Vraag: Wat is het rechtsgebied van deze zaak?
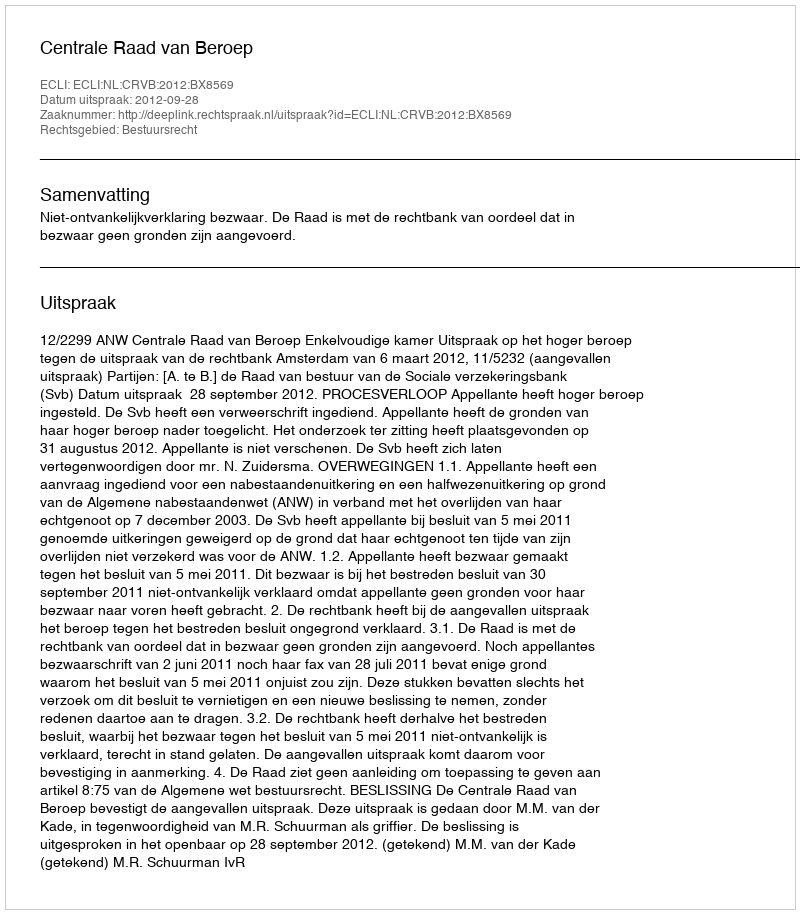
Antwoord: Bestuursrecht